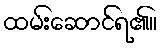
ထမ်းဆောင်ရ၏။